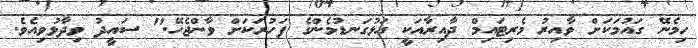
ހިމެނޭ ގައުމަކަށް ވާއިރު މެރިޓައިމް ދާއިރާއަކީ އަޅުގަނޑުމެންގެ ފަހުރަކަށް ވާންޖެހޭ." ސައީދު ވިދާޅުވިއެވެ.